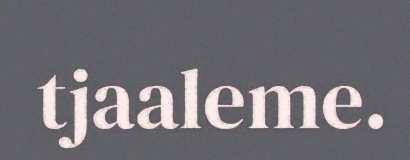
tjaaleme.